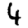
Digit: 4